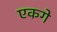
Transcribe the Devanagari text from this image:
एकगे